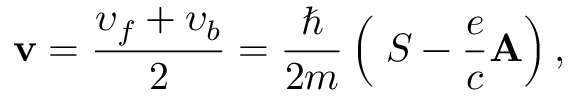
{ \bf v } = \frac { \upsilon _ { f } + \upsilon _ { b } } { 2 } = \frac { \hbar } { 2 m } \left( { \bf \nabla } S - \frac { e } { c } { \bf A } \right) ,